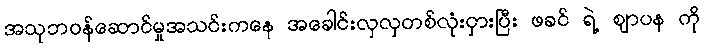
အသုဘဝန်ဆောင်မှုအသင်းကနေ အခေါင်းလှလှတစ်လုံးငှားပြီး ဖခင် ရဲ့ ဈာပန ကို